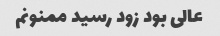
عالی بود زود رسید ممنونم